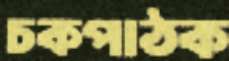
চকপাঠক